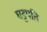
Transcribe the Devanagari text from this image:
घट्टपति